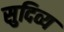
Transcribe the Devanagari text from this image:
सुदिव्य